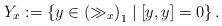
LaTeX: \begin{align*}Y_{x}:=\left\{y\in\left(\gg_{x}\right)_{1} \mid \left[y,y\right]=0\right\}.\end{align*}